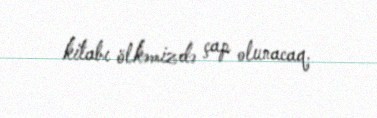
kitabı ölkəmizdə çap olunacaq.